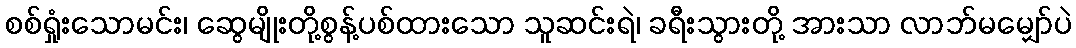
စစ်ရှုံးသောမင်း၊ ဆွေမျိုးတို့စွန့်ပစ်ထားသော သူဆင်းရဲ၊ ခရီးသွားတို့ အားသာ လာဘ်မမျှော်ပဲ